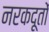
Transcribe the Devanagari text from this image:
नरकदूतों